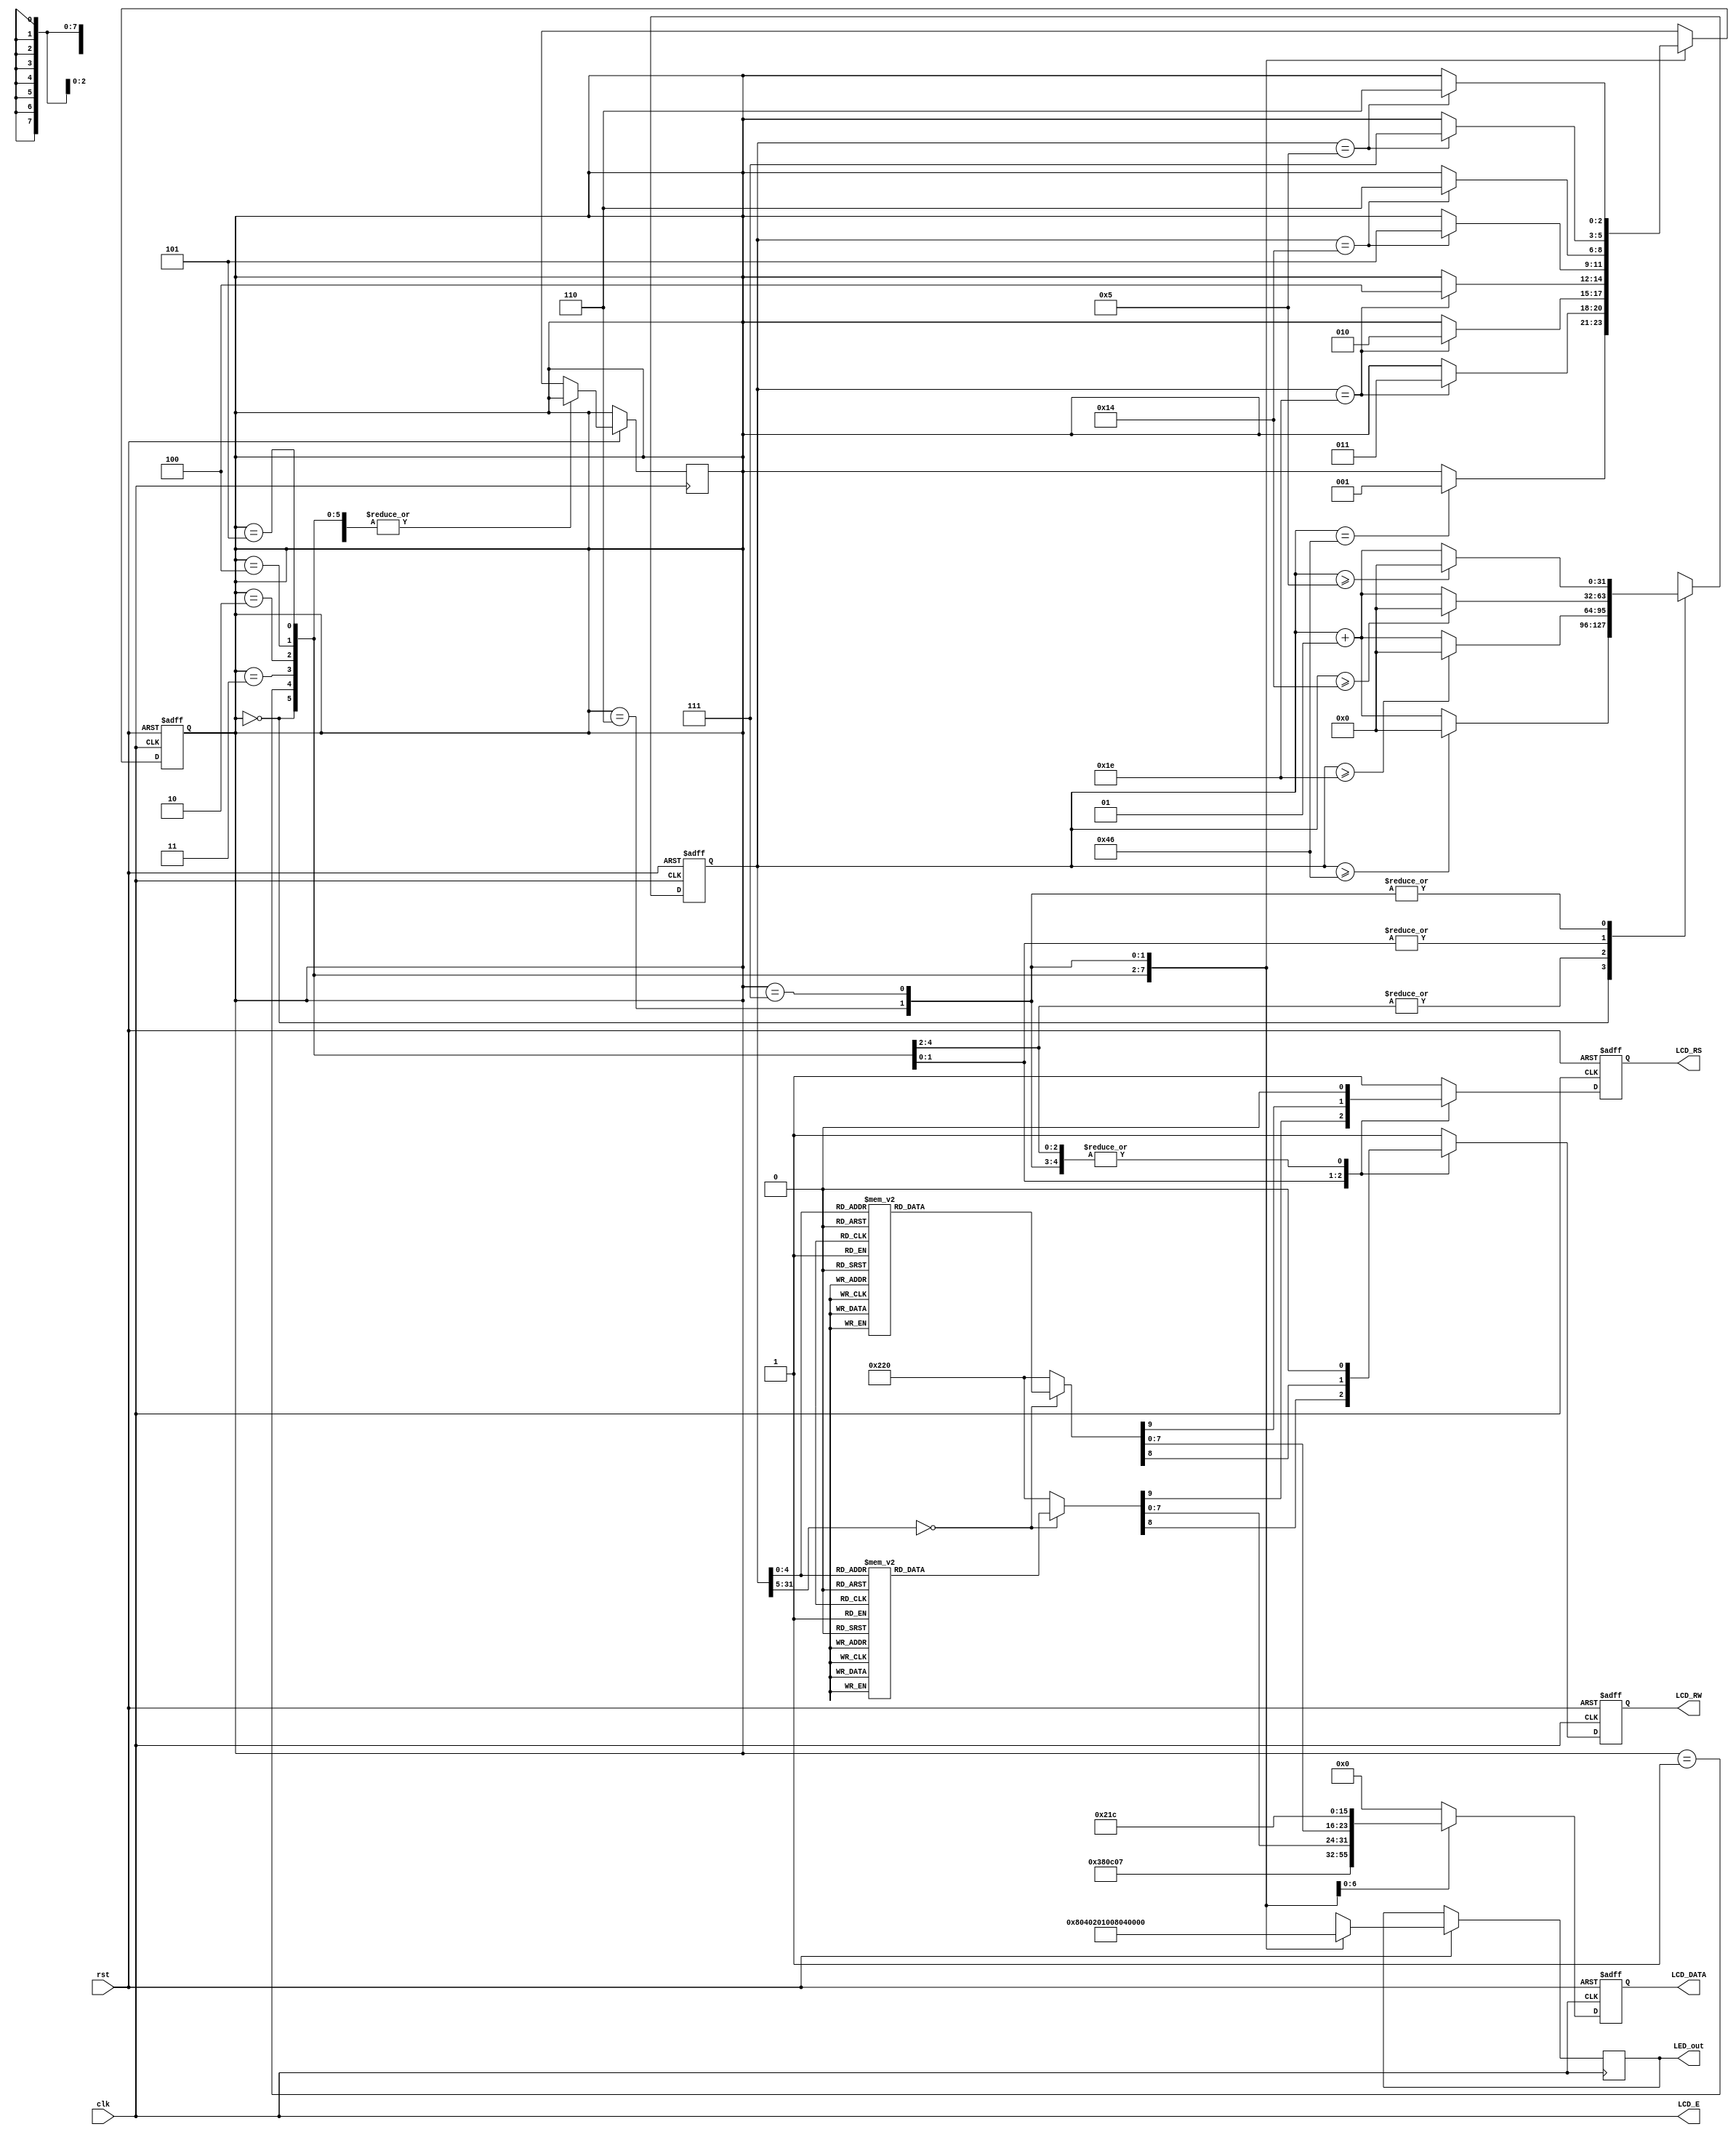
`timescale 1ns / 1ps
//////////////////////////////////////////////////////////////////////////////////
// Company: 
// Engineer: 
// 
// Design Name: 
// Module Name: text_LCD_LINE
// Project Name: 
// Target Devices: 
// Tool Versions: 
// Description: 
// 
// Dependencies: 
// 
// Revision:
// Revision 0.01 - File Created
// Additional Comments:
// 
//////////////////////////////////////////////////////////////////////////////////


module text_LCD_LINE(rst,clk,LCD_E,LCD_RS,LCD_RW,LCD_DATA,LED_out);
input rst,clk;
output LCD_E,LCD_RS,LCD_RW;
output reg[7:0] LCD_DATA;
output reg[7:0] LED_out;
wire LCD_E;
reg LCD_RS,LCD_RW;
reg[2:0] state;
parameter DELAY=3'b000,
          FUNCTION_SET=3'b001,
          ENTRY_MODE  =3'b010,
          DISP_ONOFF  =3'b011,
          LINE1       =3'b100,
          LINE2       =3'b101,
          DELAY_T     =3'b110,
          DISP_SHIFT  =3'b111;
integer cnt;

always @(posedge clk or negedge rst)
begin
    if(!rst)
        state=DELAY;
    else
    begin
        case(state)
            DELAY:begin
                LED_out=8'b1000_0000;
                if(cnt==70) state=FUNCTION_SET;
            end
            FUNCTION_SET:begin
                LED_out=8'b0100_0000;
                if(cnt==30) state=DISP_ONOFF;
            end
            DISP_ONOFF:begin
                LED_out=8'b0010_0000;
                if(cnt==30) state=ENTRY_MODE;
            end
            ENTRY_MODE:begin
                LED_out=8'b0001_0000;
                if(cnt==30) state=LINE1;
            end
            LINE1:begin
                LED_out=8'b0000_1000;
                if(cnt==20) state=LINE2;
            end
            LINE2:begin
                LED_out=8'b0000_0100;
                if(cnt==20) state=DELAY_T;
            end
            DELAY_T:begin
                LED_out=8'b0000_0010;
                if(cnt==5) state=DISP_SHIFT;
            end
            DISP_SHIFT:begin
                LED_out=8'b0000_0001;
                if(cnt==5) state=DELAY_T;
            end
            default:state=DELAY;
        endcase
    end
end

always @(posedge clk or negedge rst)
begin
    if(!rst)
        cnt=0;
    else begin
        case(state)
            DELAY:
                if(cnt>=70)cnt=0;
                else cnt=cnt+1;
            FUNCTION_SET:
                if(cnt>=30)cnt=0;
                else cnt=cnt+1;
            DISP_ONOFF:
                if(cnt>=30)cnt=0;
                else cnt=cnt+1;
            ENTRY_MODE:
                if(cnt>=30)cnt=0;
                else cnt=cnt+1;
            LINE1:
                if(cnt>=20)cnt=0;
                else cnt=cnt+1;
            LINE2:
                if(cnt>=20)cnt=0;
                else cnt=cnt+1;
            DELAY_T:
                if(cnt>=5)cnt=0;
                else cnt=cnt+1;
            DISP_SHIFT:
                if(cnt>=5)cnt=0;
                else cnt=cnt+1;
            default:state=DELAY;
        endcase
    end
end

always @(posedge clk or negedge rst)
begin
    if(!rst)
        {LCD_RS,LCD_RW,LCD_DATA}=10'b1_1_00000000;
    else begin
        case(state)
            FUNCTION_SET:
                {LCD_RS,LCD_RW,LCD_DATA}=10'b0_0_0011_1000;
            DISP_ONOFF:
                {LCD_RS,LCD_RW,LCD_DATA}=10'b0_0_0000_1100;
            ENTRY_MODE:
                {LCD_RS,LCD_RW,LCD_DATA}=10'b0_0_0000_0111;

LINE1:
    begin
        case(cnt)
            00:{LCD_RS,LCD_RW,LCD_DATA}=10'b0_0_1000_0000;
            01:{LCD_RS,LCD_RW,LCD_DATA}=10'b1_0_0010_0000; //
            02:{LCD_RS,LCD_RW,LCD_DATA}=10'b1_0_0100_1000; // H
            03:{LCD_RS,LCD_RW,LCD_DATA}=10'b1_0_0100_0101; // E
            04:{LCD_RS,LCD_RW,LCD_DATA}=10'b1_0_0100_1100; // L
            05:{LCD_RS,LCD_RW,LCD_DATA}=10'b1_0_0100_1100; // L
            06:{LCD_RS,LCD_RW,LCD_DATA}=10'b1_0_0100_1111; // O
            07:{LCD_RS,LCD_RW,LCD_DATA}=10'b1_0_0010_0000; // 
            08:{LCD_RS,LCD_RW,LCD_DATA}=10'b1_0_0101_0111; // W
            09:{LCD_RS,LCD_RW,LCD_DATA}=10'b1_0_0100_1111; // O
            10:{LCD_RS,LCD_RW,LCD_DATA}=10'b1_0_0101_0010; // R
            11:{LCD_RS,LCD_RW,LCD_DATA}=10'b1_0_0100_1100; // L
            12:{LCD_RS,LCD_RW,LCD_DATA}=10'b1_0_0100_0100; // D
            13:{LCD_RS,LCD_RW,LCD_DATA}=10'b1_0_0010_0001; // !
            14:{LCD_RS,LCD_RW,LCD_DATA}=10'b1_0_0010_0000; // 
            15:{LCD_RS,LCD_RW,LCD_DATA}=10'b1_0_0010_0000; //
            16:{LCD_RS,LCD_RW,LCD_DATA}=10'b1_0_0010_0000; //
            default:{LCD_RS,LCD_RW,LCD_DATA}=10'b1_0_0010_0000; //
        endcase
    end

LINE2:
    begin
        case(cnt)
            00:{LCD_RS,LCD_RW,LCD_DATA}=10'b0_0_1100_0000;
            01:{LCD_RS,LCD_RW,LCD_DATA}=10'b1_0_0011_0010; // 2
            02:{LCD_RS,LCD_RW,LCD_DATA}=10'b1_0_0011_0000; // 0
            03:{LCD_RS,LCD_RW,LCD_DATA}=10'b1_0_0011_0010; // 2
            04:{LCD_RS,LCD_RW,LCD_DATA}=10'b1_0_0011_0000; // 0
            05:{LCD_RS,LCD_RW,LCD_DATA}=10'b1_0_0011_0100; // 4
            06:{LCD_RS,LCD_RW,LCD_DATA}=10'b1_0_0011_0100; // 4
            07:{LCD_RS,LCD_RW,LCD_DATA}=10'b1_0_0011_0000; // 0
            08:{LCD_RS,LCD_RW,LCD_DATA}=10'b1_0_0011_0000; // 0
            09:{LCD_RS,LCD_RW,LCD_DATA}=10'b1_0_0011_0011; // 3
            10:{LCD_RS,LCD_RW,LCD_DATA}=10'b1_0_0011_1000; // 8
            11:{LCD_RS,LCD_RW,LCD_DATA}=10'b1_0_0011_0000; // 
            12:{LCD_RS,LCD_RW,LCD_DATA}=10'b1_0_0100_1011; // K
            13:{LCD_RS,LCD_RW,LCD_DATA}=10'b1_0_0100_0011; // C
            14:{LCD_RS,LCD_RW,LCD_DATA}=10'b1_0_0100_0101; // E
            15:{LCD_RS,LCD_RW,LCD_DATA}=10'b1_0_0010_0000; // 
            16:{LCD_RS,LCD_RW,LCD_DATA}=10'b1_0_0010_0000; // 
            default:{LCD_RS,LCD_RW,LCD_DATA}=10'b1_0_0010_0000; // 
        endcase
    end

            DELAY_T:
                {LCD_RS,LCD_RW,LCD_DATA}=10'b0_0_0000_0010;
            DISP_SHIFT:
                {LCD_RS,LCD_RW,LCD_DATA}=10'b0_0_0001_1100;
            default:
                {LCD_RS,LCD_RW,LCD_DATA}=10'b1_1_0000_0000;
        endcase
    end
end

assign LCD_E=clk;

endmodule